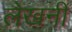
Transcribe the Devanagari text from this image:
लेखनीं